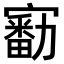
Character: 𡫘